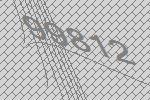
99812